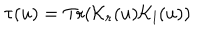
LaTeX: \tau ( u ) = \mathrm { T r } ( { \cal K } _ { r } ( u ) { \cal K } _ { l } ( u ) )